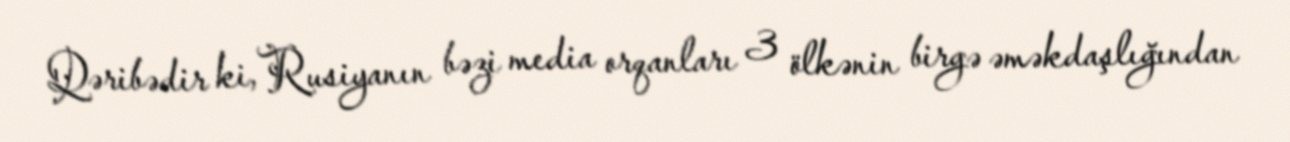
Qəribədir ki, Rusiyanın bəzi media orqanları 3 ölkənin birgə əməkdaşlığından